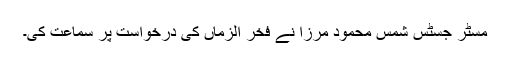
مسٹر جسٹس شمس محمود مرزا نے فخر الزماں کی درخواست پر سماعت کی۔